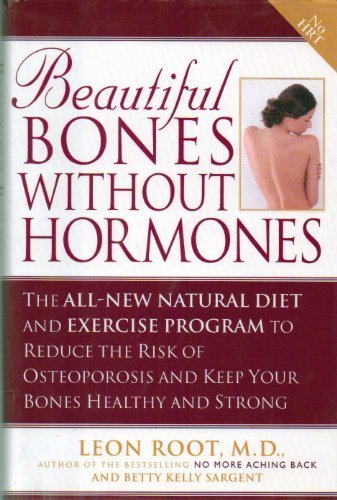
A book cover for Beautiful Bones Without Hormones: The All-New Natural Diet and Exercise Program to Reduce the Risk of Osteoporosis and Keep Your Bones Healthy and Strong; Leon Root; Health, Fitness & Dieting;